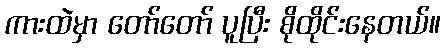
ကားထဲမှာ တော်တော် ပူပြီး စိုထိုင်းနေတယ်။